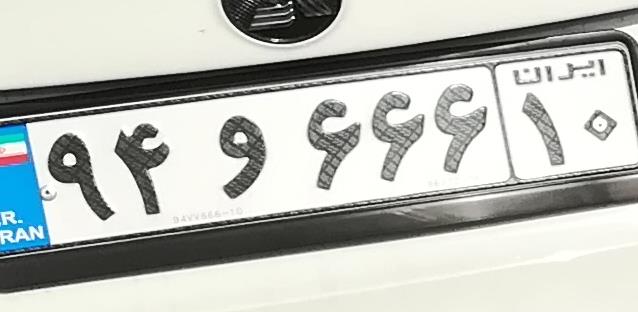
۹۴و۶۶۶۱۰